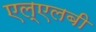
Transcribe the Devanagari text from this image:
एल्‌एलबी